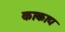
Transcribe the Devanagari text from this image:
काकाद्य